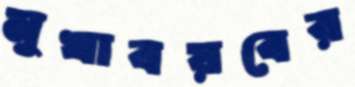
মুখাবয়বের